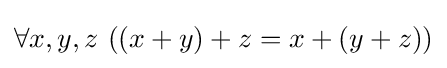
\forall x,y,z\ ((x+y)+z=x+(y+z))